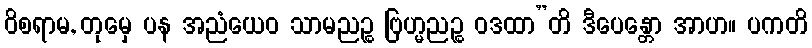
ဝိစရာမ, တုမှေ ပန အညံယေဝ သာမညဉ္စ ဗြဟ္မညဉ္စ ဝဒထာ”တိ ဒီပေန္တော အာဟ။ ပကတိ